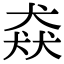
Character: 猋